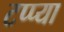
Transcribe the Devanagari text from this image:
टप्प्या